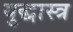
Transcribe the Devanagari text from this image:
युद्धास्त्र